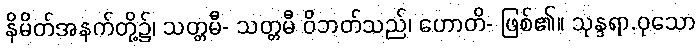
နိမိတ်အနက်တို့၌၊ သတ္တမီ- သတ္တမီ ဝိဘတ်သည်၊ ဟောတိ- ဖြစ်၏။ သုန္ဒရာ.ဝုသော